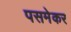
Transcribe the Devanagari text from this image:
पसमेकर